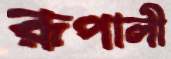
রূপালী